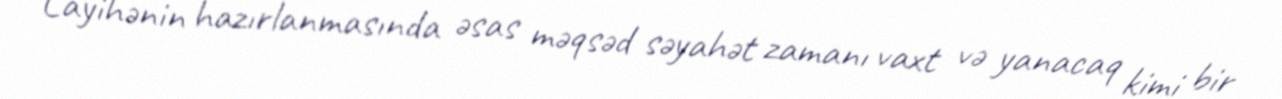
Layihənin hazırlanmasında əsas məqsəd səyahət zamanı vaxt və yanacaq kimi bir